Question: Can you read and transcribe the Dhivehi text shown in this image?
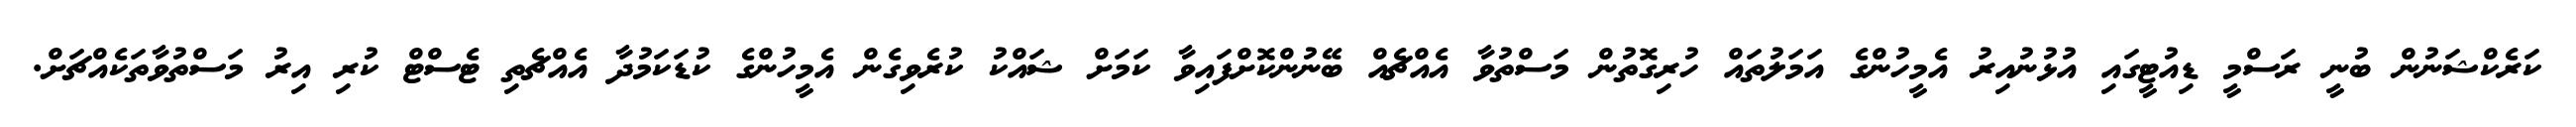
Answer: ކަރެކްޝަނުން ބުނީ ރަސްމީ ޑިއުޓީގައި އުޅުނުއިރު އެމީހުންގެ އަމަލުތައް ހުރިގޮތުން މަސްތުވާ އެއްޗެއް ބޭނުންކޮށްފައިވާ ކަމަށް ޝައްކު ކުރެވިގެން އެމީހުންގެ ކުޑަކަމުދާ އެއްޗެތި ޓެސްޓް ކުރި އިރު މަސްތުވާތަކެއްޗަށް.